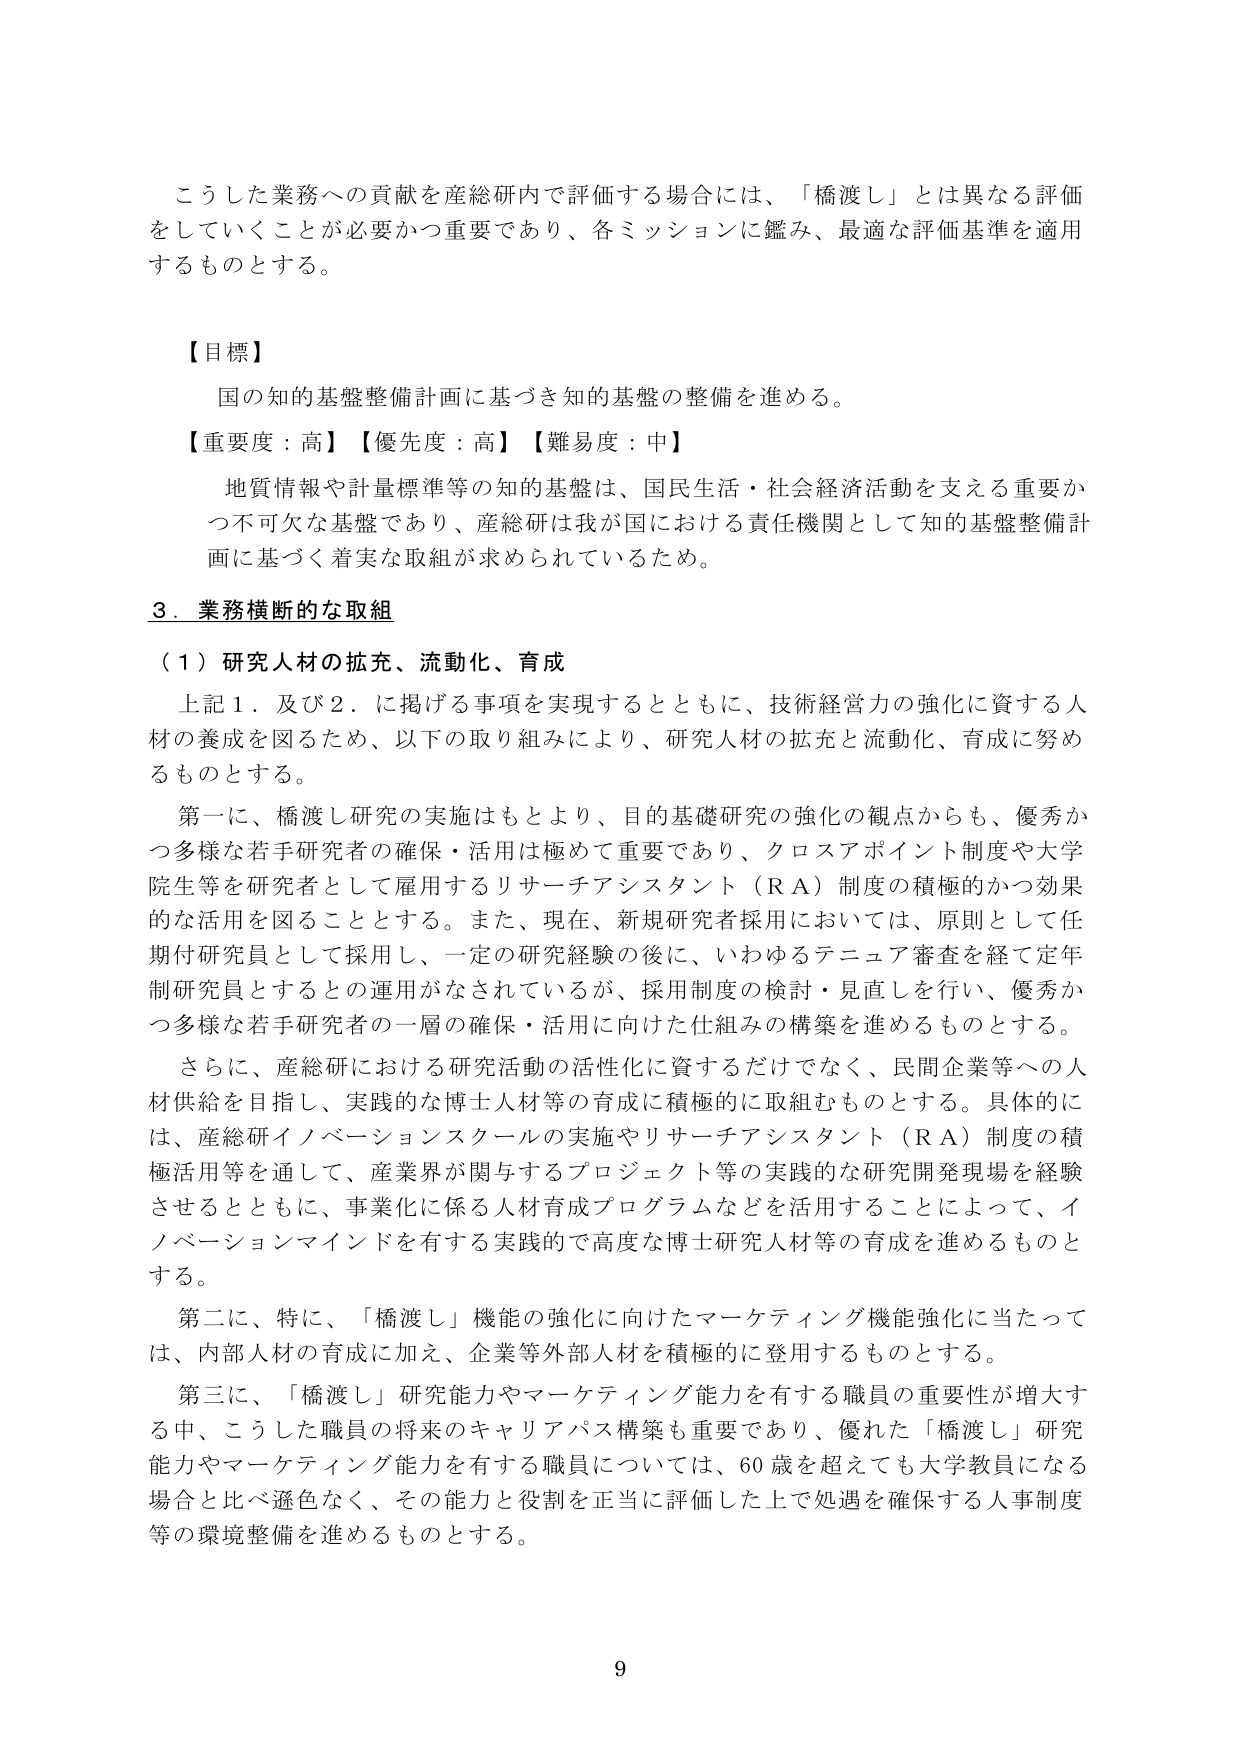
こうした業務への貢献を産総研内で評価する場合には、「橋渡し」とは異なる評価をしていくことが必要かつ重要であり、各ミッションに鑑み、最適な評価基準を適用するものとする。

【目標】
国の知的基盤整備計画に基づき知的基盤の整備を進める。

【重要度：高】【優先度：高】【難易度：中】
地質情報や計量標準等の知的基盤は、国民生活・社会経済活動を支える重要かつ不可欠な基盤であり、産総研は我が国における責任機関として知的基盤整備計画に基づく着実な取組が求められているため。

3．業務横断的な取組

（1）研究人材の拡充、流動化、育成
上記1．及び2．に掲げる事項を実現するとともに、技術経営力の強化に資する人材の養成を図るため、以下の取り組みにより、研究人材の拡充と流動化、育成に努めるものとする。

第一に、橋渡し研究の実施はもとより、目的基礎研究の強化の観点からも、優秀かつ多様な若手研究者の確保・活用は極めて重要であり、クロスアポイント制度や大学院生等を研究者として雇用するリサーチアシスタント（ＲＡ）制度の積極的かつ効果的な活用を図ることとする。また、現在、新規研究者採用においては、原則として任期付研究員として採用し、一定の研究経験の後に、いわゆるデニュア審査を経て定年制研究員とするとの運用がなされているが、採用制度の検討・見直しを行い、優秀かつ多様な若手研究者の一層の確保・活用に向けた仕組みの構築を進めるものとする。

さらに、産総研における研究活動の活性化に資するだけでなく、民間企業等への人材供給を目指し、実践的な博士人材等の育成に積極的に取組むものとする。具体的には、産総研イノベーションスクールの実施やリサーチアシスタント（ＲＡ）制度の積極活用等を通して、産業界が関与するプロジェクト等の実践的な研究開発現場を経験させるとともに、事業化に係る人材育成プログラムなどを活用することによって、イノベーションマインドを有する実践的で高度な博士研究人材等の育成を進めるものとする。

第二に、特に、「橋渡し」機能の強化に向けたマーケティング機能強化に当たっては、内部人材の育成に加え、企業等外部人材を積極的に登用するものとする。

第三に、「橋渡し」研究能力やマーケティング能力を有する職員の重要性が増大する中、こうした職員の将来のキャリアパス構築も重要であり、優れた「橋渡し」研究能力やマーケティング能力を有する職員については、60歳を超えても大学教員になる場合と比べ遜色なく、その能力と役割を正当に評価した上で処遇を確保する人事制度等の環境整備を進めるものとする。

9